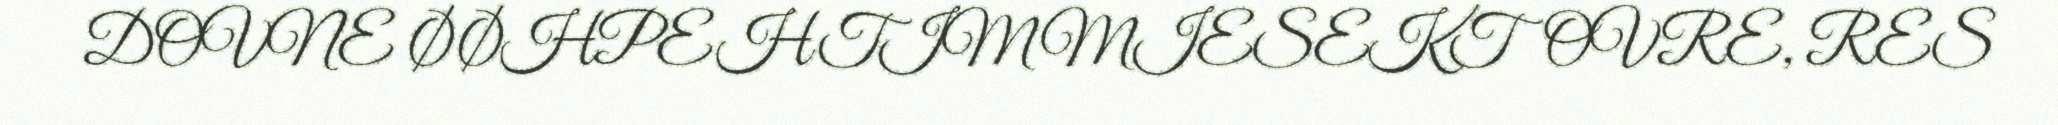
DOVNE ØØHPEHTIMMIESEKTOVRE, RES